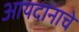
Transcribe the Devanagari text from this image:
आयदानाचे